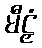
မီဠှံ